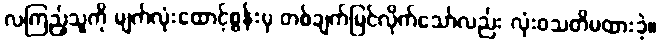
လကြည့်သူကို မျက်လုံးထောင့်စွန်းမှ တစ်ချက်မြင်လိုက်သော်လည်း လုံးဝသတိမထားခဲ့။